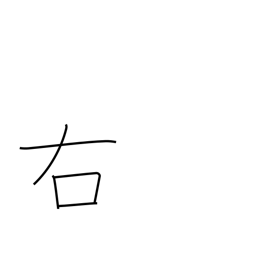
Meaning: right